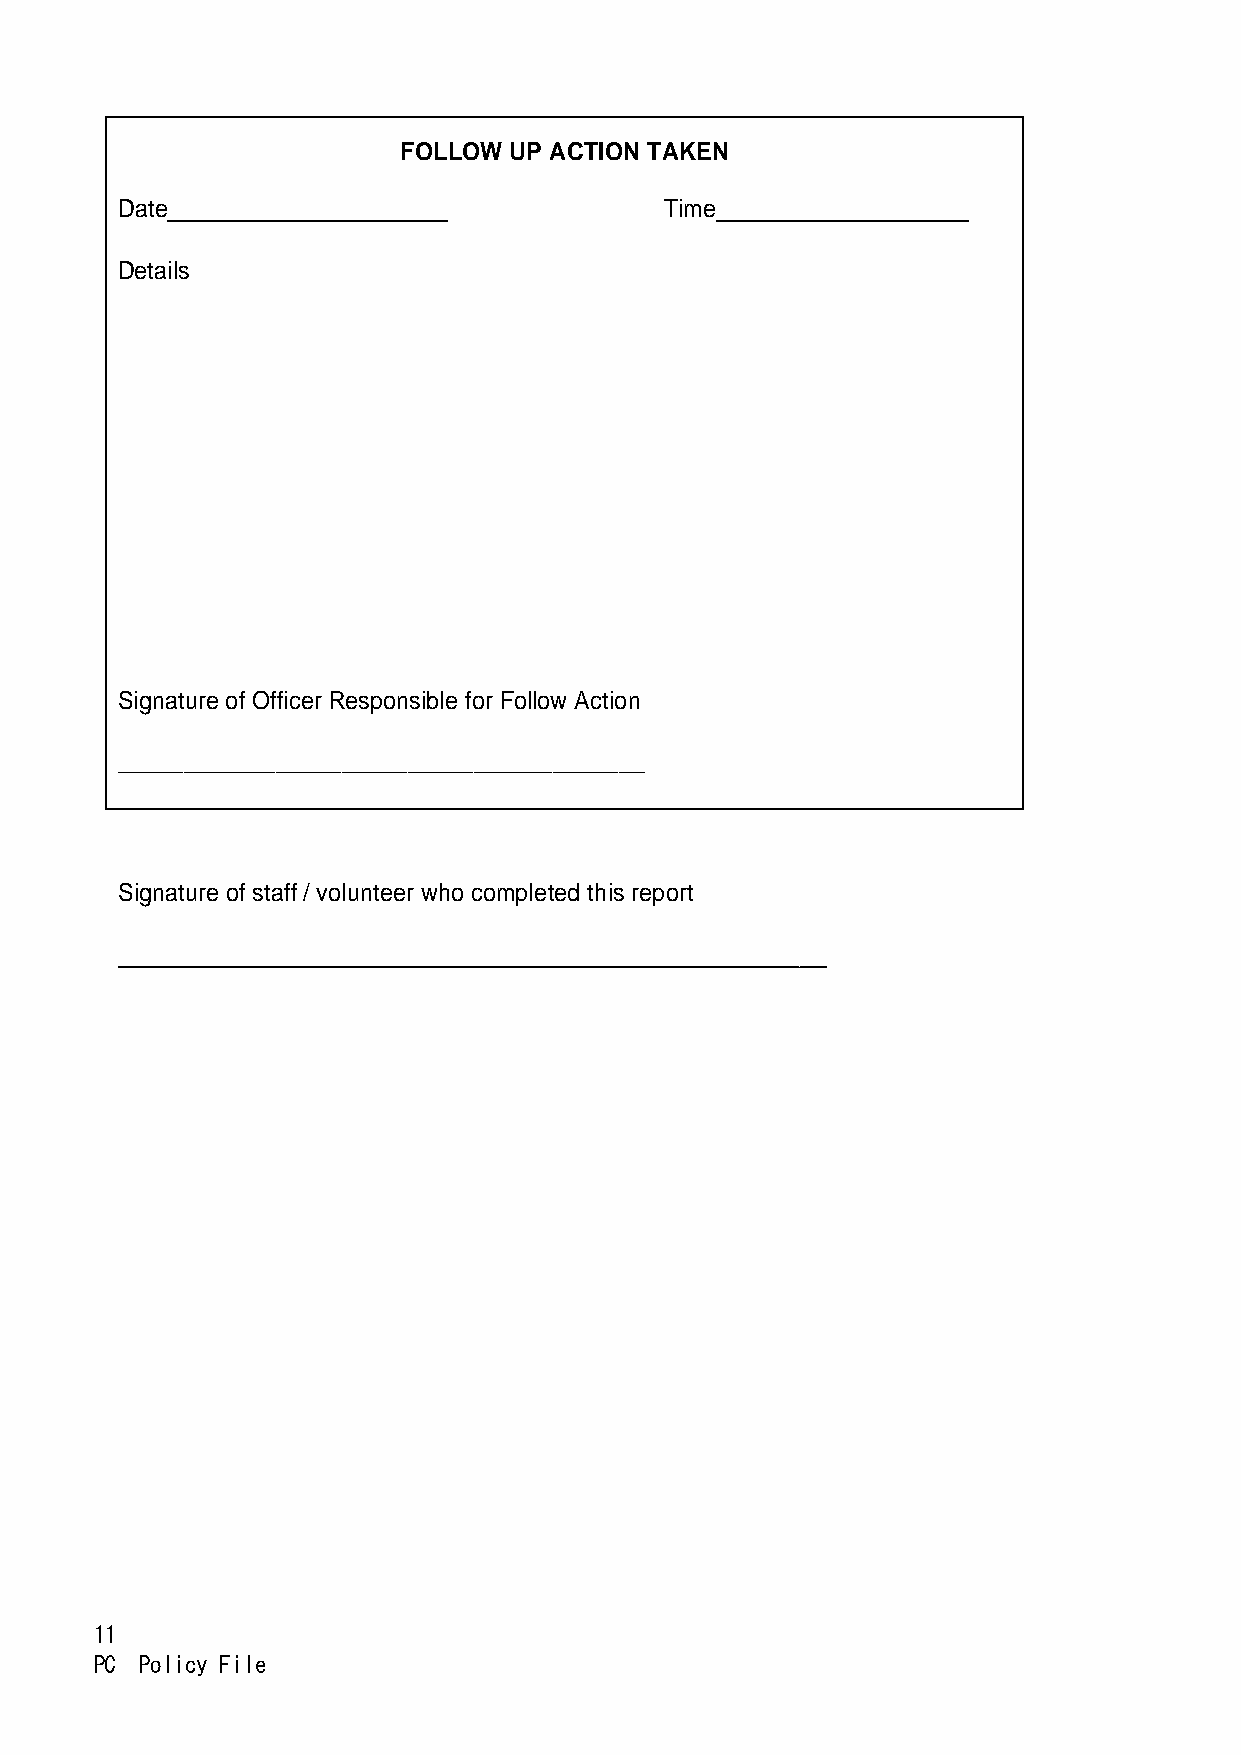
FOLLOW UP ACTION TAKEN
 Date                                Time
 Details
 Signature of Officer Responsible for Follow Action
 ________________________________________
 Signature of staff / volunteer who completed this report
 11
 PC Policy File